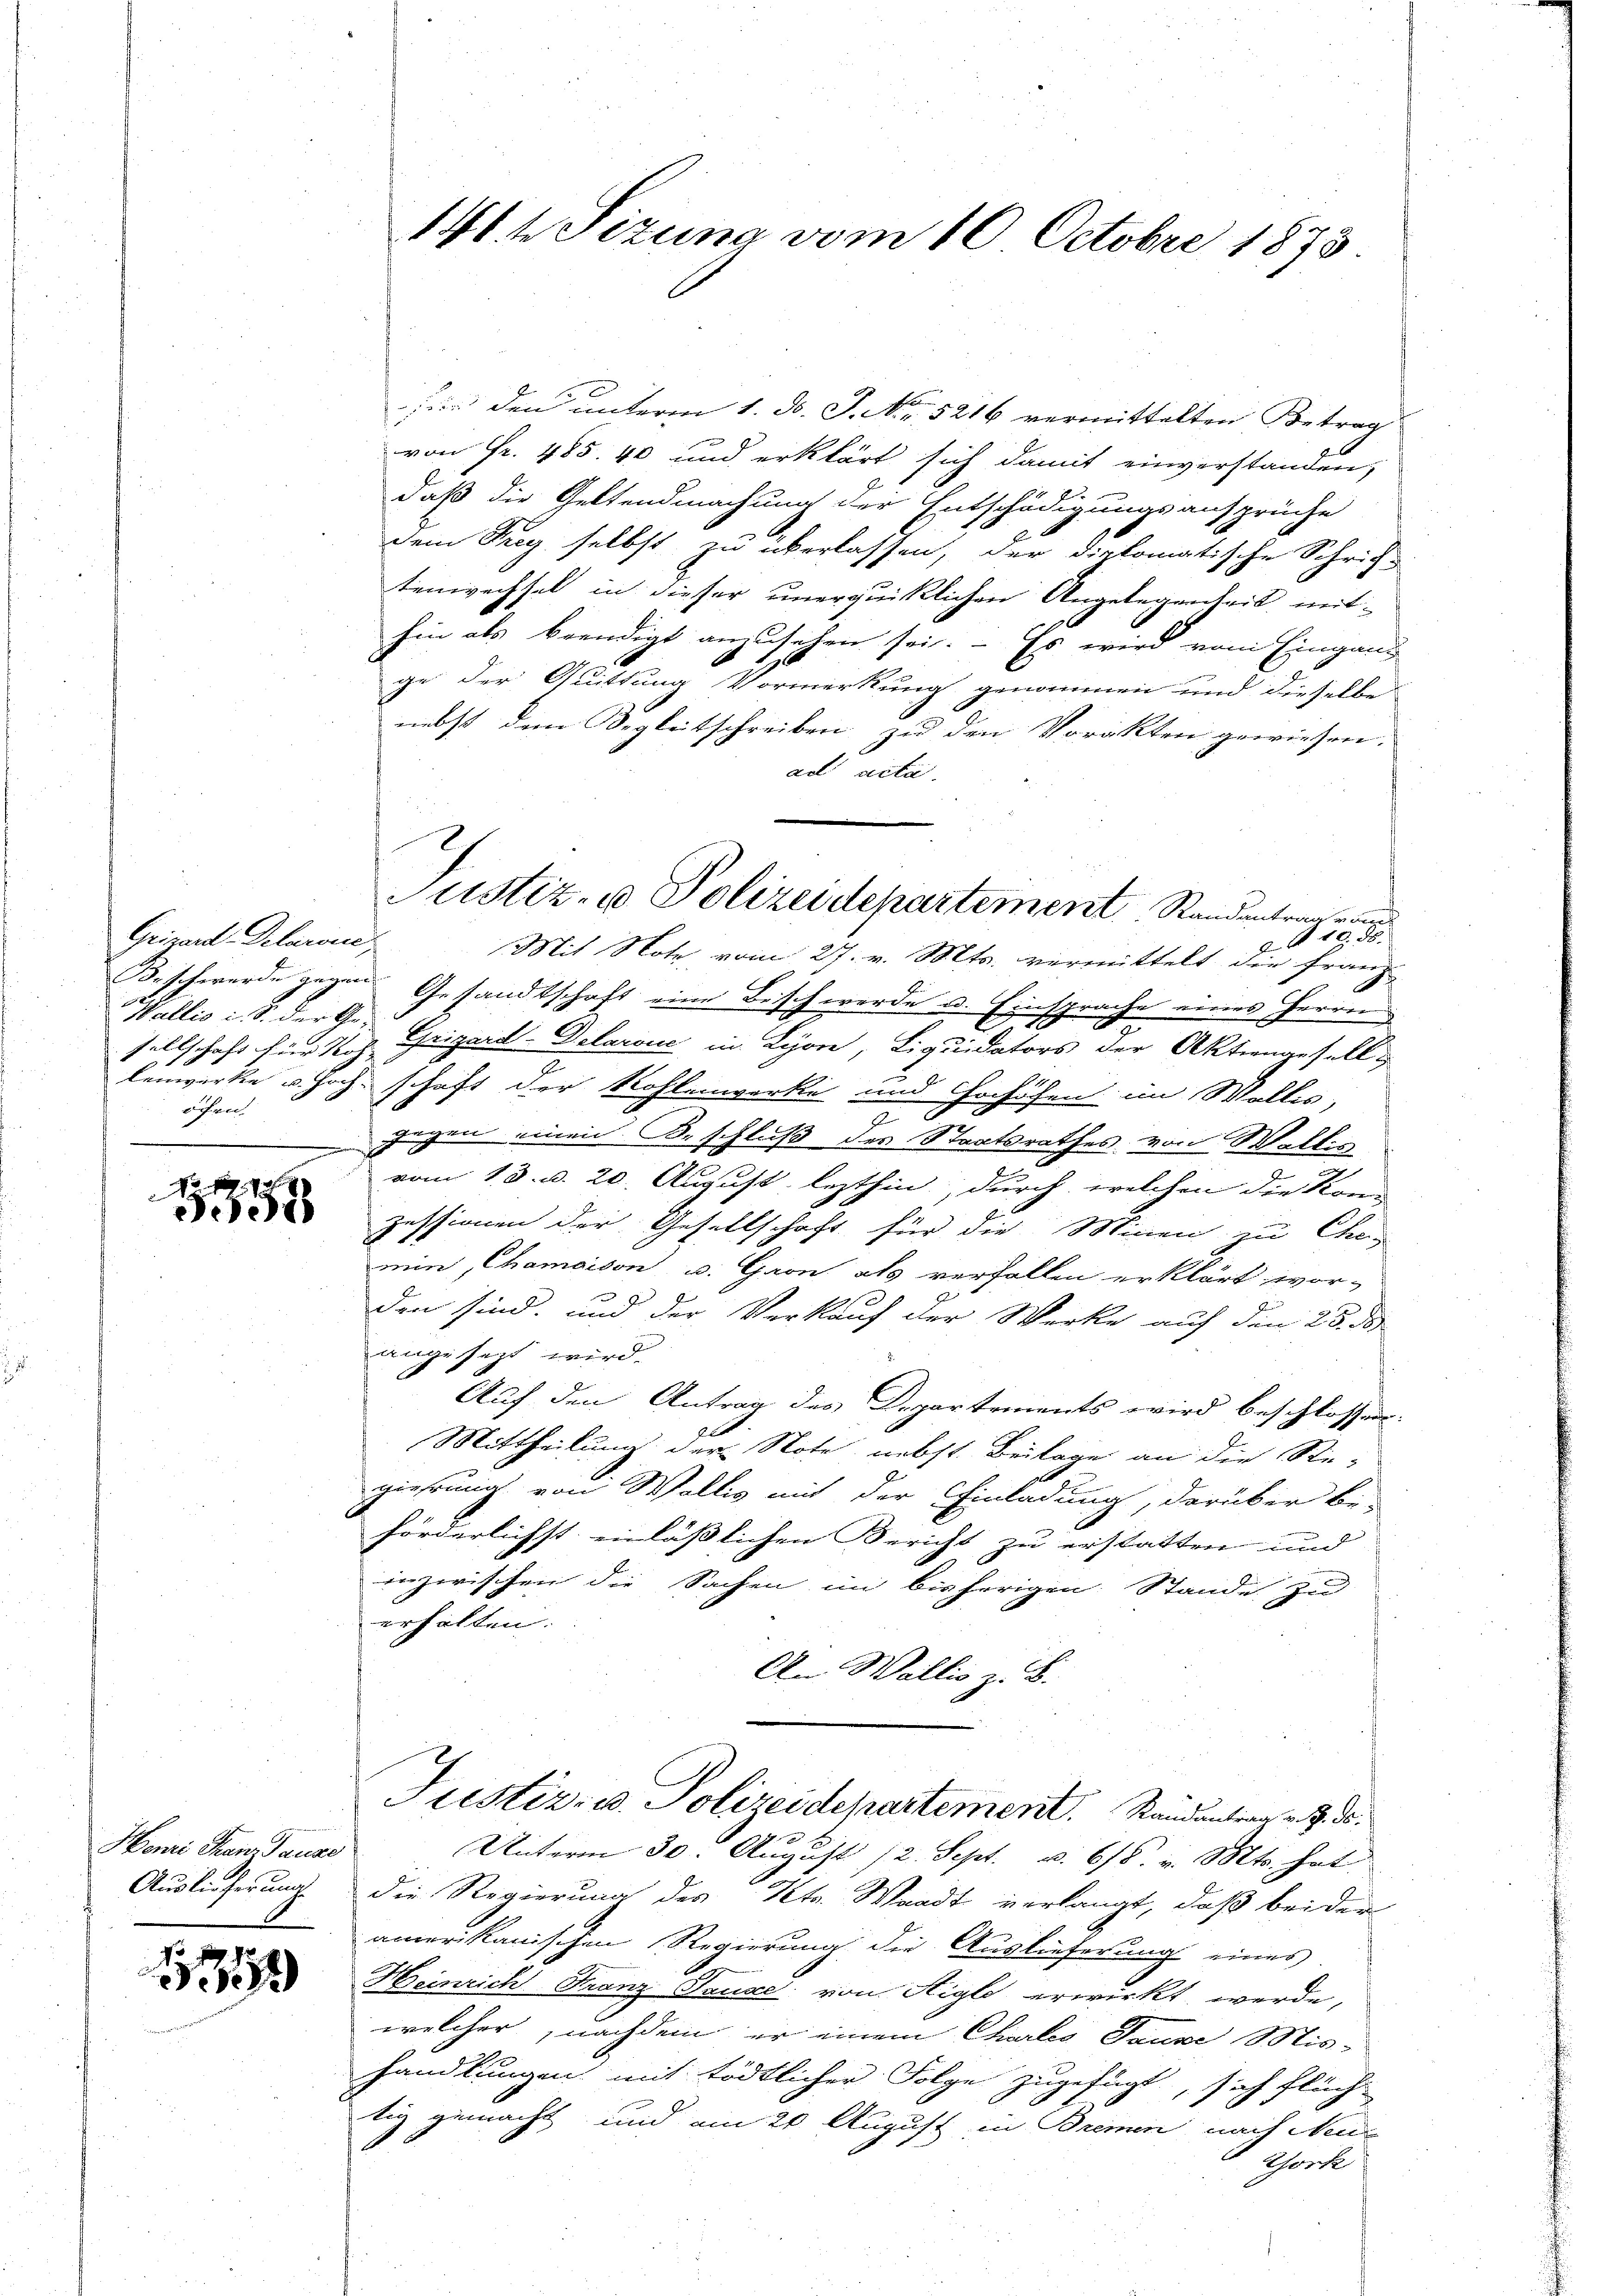
Grisard Delarsuc
Wallis i. B. der Geöfen |

No
5355

Henri Franz Pause
Auslieferung.

17

1464 Sizung vom 10. Octobre 1873.

fiir den unterm 1. d. J. Nr. 5216 vermittelten Betrag
von Fr. 485. 40 und erklärt sich damit einverstanden,
daß die Geltendmachung der Entschädigungsansprüche
dem Tag selbst zu überlassen, der diplomatische Schrift
tenwechsel in dieser unerquicklichen Angelegenheit mit
hin als beendigt anzusehen sei. – Es wird vom Eingang
ge der Quittung Vormerkung genommen und dieselbe
nebst dem Begleitschreiben zu den Vorakten gewiesen.
ad acta.
Mit Note vom 27. v. Mts. vermittelt die Franz
Beschwerde gegen Gesandtschaft eine Beschwerde u. Einsprache eines Herrn
sellschaft für M. h. Chrizard-Delarone in Lyore, Liquidators der Aktiengesell
lenwerke u. Hochschaft der Rohlenwerke und Hochöfen im Wallis,
gegen einen Beschluß des Staatsrathes von Wallis
vom 13. d. 20. August lezthin, durch welchen die Kom
zessionen der Gesellschaft für die Minen zu Chemin, Chamaison u. Gaon als verfallen erklärt wor-
den sind, und der Verkauf der Werke auf den 25. ds
angesezt wird.
Auf den Antrag des Departements wird beschlossen:
Mittheilung der Note nebst Beilage an die Ste-
gierung von Wallis mit der Einladung, darüber be-
förderlichst einlässlichen Bericht zu erstatten und
inzwischen die Sachen im bisherigen Stande zu
erhalten.
An Wallis z. B.

Justiz- u Polizeidepartement Standentrag von
2.R. 10. ds.

Justiz- u. Polizeidepartement. Standentrag v. J. de

Unterm 30. August 12. Sept. u. 618. v. Mts. hat
die Regierung des Kts. Waadt verlangt, daß beider
amerikanischen Regierung die Auslieferung eines
Heinrich Franz Pause von Aigle erwirkt werde,
welcher, nachdem er einem Charlis Tause Mis-
handlungen mit tödtlicher Folge zugefügt, sich flüch-
tig gemacht und am 20. August in Bremen nach Neu¬
Chork